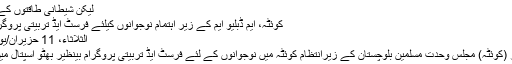
لیکن شیطانی طاقتوں کے بے جا…
کوئٹہ، ایم ڈبلیو ایم کے زیر اہتمام نوجوانوں کیلئے فرسٹ ایڈ تربیتی پروگرام کا انعقاد
الثلاثاء، 11 حزيران/يونيو 2013
وحدت نیوز (کوئٹہ) مجلس وحدت مسلمین بلوچستان کے زیرانتظام کوئٹہ میں نوجوانوں کے لئے فرسٹ ایڈ تربیتی پروگرام بینظیر بھٹو اسپتال میں منعقد ہوا۔